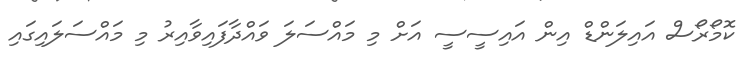
ކޮމޯރޯސް އައިލަންޑް އިން އައިސީސީ އަށް މި މައްސަލަ ވައްދާފައިވާއިރު މި މައްސަލައިގައި